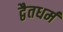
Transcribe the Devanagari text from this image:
द्वैतधर्म